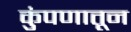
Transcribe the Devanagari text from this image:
कुंपणातून